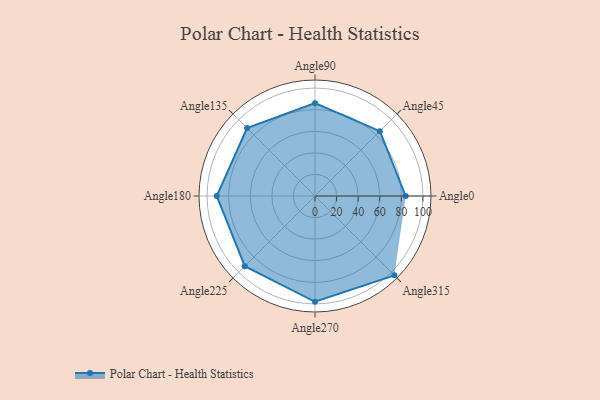
{"axis": {"x": "Angle", "y": "Radius"}, "legend": [""], "data": [{"x": "Angle0", "y": 84.0, "type": ""}, {"x": "Angle45", "y": 85.0, "type": ""}, {"x": "Angle90", "y": 86.0, "type": ""}, {"x": "Angle135", "y": 89.0, "type": ""}, {"x": "Angle180", "y": 91.0, "type": ""}, {"x": "Angle225", "y": 92.0, "type": ""}, {"x": "Angle270", "y": 98.0, "type": ""}, {"x": "Angle315", "y": 104.0, "type": ""}]}